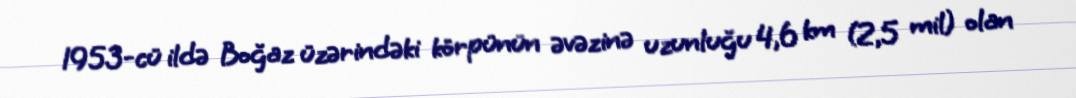
1953-cü ildə Boğaz üzərindəki körpünün əvəzinə uzunluğu 4,6 km (2,5 mil) olan